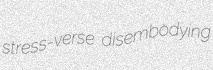
stress-verse disembodying